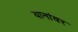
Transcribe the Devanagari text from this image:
यानांवर